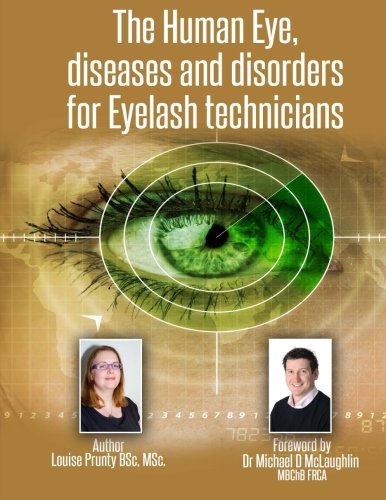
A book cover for The Human Eye, diseases and disorders for Eyelash technicians.; Louise Prunty BScMSc; Education & Teaching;